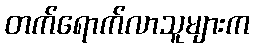
တက်ရောက်လာသူများက